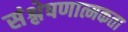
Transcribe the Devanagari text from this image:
संश्लेषणात्मकता